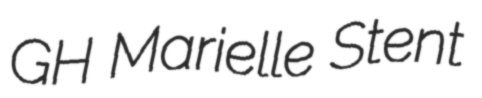
GH Marielle Stent